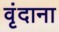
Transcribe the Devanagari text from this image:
वृंदाना